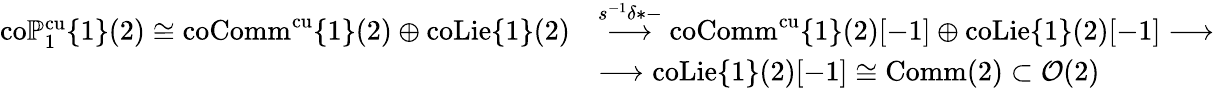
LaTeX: \begin{array}{rl}{\mathrm{co}\mathbb{P}_{1}^{\mathrm{cu}}\{ 1\} (2)\cong\mathrm{coComm}^{\mathrm{cu}}\{ 1\} (2)\oplus\mathrm{coLie}\{ 1\} (2)}&{\stackrel{s^{-1}\delta*-}{\longrightarrow}\mathrm{coComm}^{\mathrm{cu}}\{ 1\} (2)[-1]\oplus\mathrm{coLie}\{ 1\} (2)[-1]\longrightarrow}\\ &{\longrightarrow\mathrm{coLie}\{ 1\} (2)[-1]\cong\mathrm{Comm}(2)\subset\mathcal{O}(2)}\end{array}